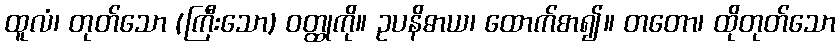
ထူလံ၊ တုတ်သော (ကြီးသော) ဝတ္ထုကို။ ဥပနိဓာယ၊ ထောက်စာ၍။ တတော၊ ထိုတုတ်သော